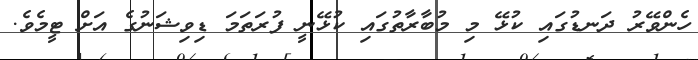
ހެންވޭރު ދަނޑުގައި ކުޅޭ މި މުބާރާތުގައި ކުޅޭނީ ފުރަތަމަ ޑިވިޝަނުގެ އަށް ޓީމެވެ.